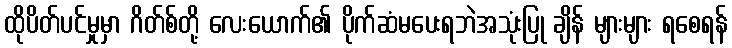
ထိုပိတ်ပင်မှုမှာ ဂိတ်စ်တို့ လေးယောက်၏ ပိုက်ဆံမပေးရဘဲအသုံးပြု ချိန် များများ ရစေရန်